Madras plague regulations in force outside the Presidency town - Volume 1
Disease focus: Plague
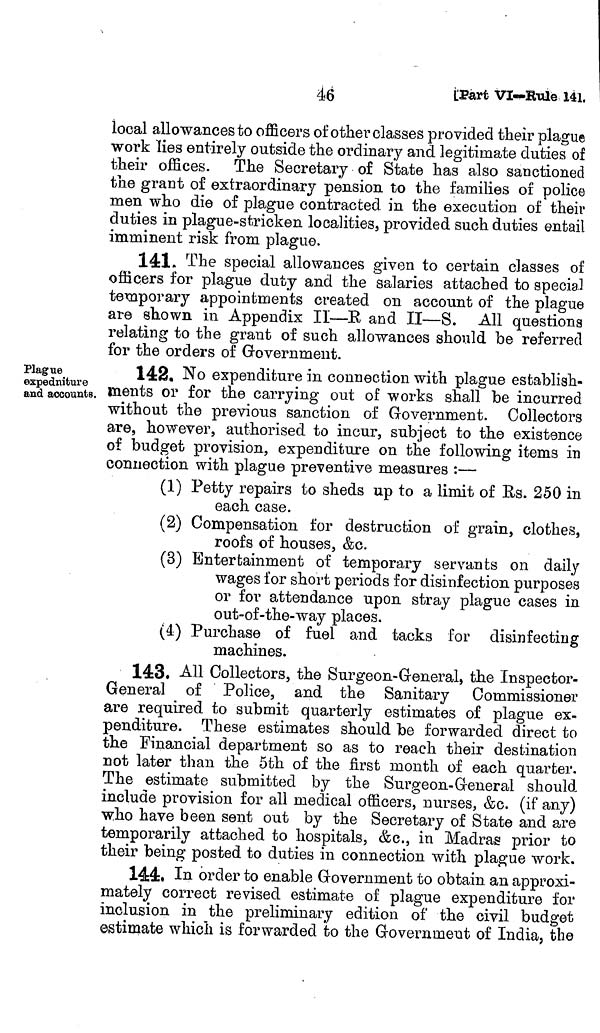
46
[Part
VI—Eule 141.
local allowances to officers of other classes provided their plague
work lies entirely outside the ordinary and legitimate duties of
their offices. The Secretary of State has also sanctioned
the grant of extraordinary pension to the families of police
men who die of plague contracted in the execution of their
duties in plague-stricken localities, provided such duties entail
imminent risk from plague.
141. The special allowances given to certain classes of
officers for plague duty and the salaries attached to specia.
temporary appointments created on account of the plague
are shown in Appendix II—E. and II—S. All questions
relating to the grant of such allowances should be referred
for the orders of Government.
Plague
expedniture
and accounts.
142. No expenditure in connection with plague establish
ments or for the carrying out of works shall be incurred
without the previous sanction of Government. Collectors
are, however, authorised to incur, subject to the existence
of budget provision, expenditure on the following items in
connection with plague preventive measures :—
(1) Petty repairs to sheds up to a limit of Es. 250 in
each case.
(2) Compensation for destruction of grain, clothes,
roofs of houses, &c.
(3) Entertainment of temporary servants on daily
wages for short periods for disinfection purposes
or for attendance upon stray plague cases in
out-of-the-way places.
(a) Purchase of fuel and tacks for disinfecting
machines.
143. All Collectors, the Surgeon-General, the Inspector-
General of Police, and the Sanitary Commissioner
are required to submit quarterly estimates of plague ex-
penditure. These estimates should be forwarded direct to
the Financial department so as to reach their destination
not later than the 5th of the first month of each quarter.
The estimate submitted by the Surgeon-General should
include provision for all medical officers, nurses, &c. (if any)
who have been sent out by the Secretary of State and are
temporarily attached to hospitals, &c., in Madras prior to
their being posted to duties in connection with plague work.
144. In order to enable Government to obtain an approxi-
mately correct revised estimate of plague expenditure for
inclusion in the preliminary edition of the civil budget
estimate which is forwarded to the Government of India, the